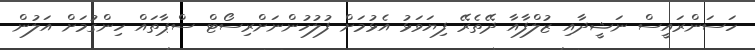
ހަސަންރައީސް ނަޝީދާއި ޒުލްފާއާ ދޭތެރޭ ފިޔަވަޅު އެޅުމަށް ފުލުހުންނަށްރިސޯޓް ސްޕާތައް ހިންގުމަށް އަލުން